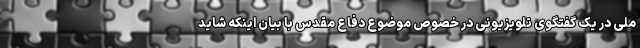
ملی در یک گفتگوی تلویزیونی در خصوص موضوع دفاع مقدس با بیان اینکه شاید